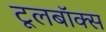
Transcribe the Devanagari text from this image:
टूलबॉक्स